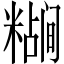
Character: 𬖷